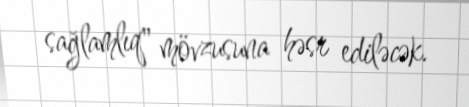
sağlamlıq" mövzusuna həsr ediləcək.